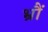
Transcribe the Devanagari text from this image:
भ्रौं